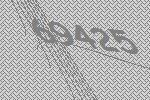
69425